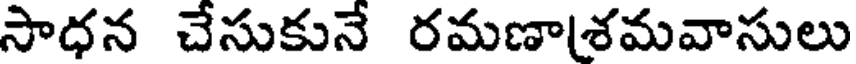
సాధన చేసుకునే రమణాశమవాసులు